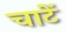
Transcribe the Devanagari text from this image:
चाटें